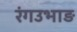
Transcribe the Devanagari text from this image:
रंगउभाड़